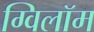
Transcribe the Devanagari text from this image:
ग्विलॉम